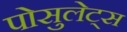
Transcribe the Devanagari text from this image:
पोसुलेट्स